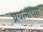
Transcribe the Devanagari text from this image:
प्रयत्नांच्या